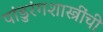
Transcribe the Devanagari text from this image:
पांडुरंगशास्त्रींची